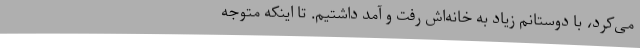
می‌کرد، با دوستانم زیاد به خانه‌اش رفت و آمد داشتیم. تا اینکه متوجه